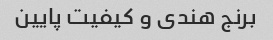
برنج هندی و کیفیت پایین